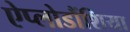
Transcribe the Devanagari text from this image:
ऐप्लोडौंशिया